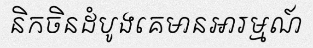
និកចិនដំបូងគេមានអារម្មណ៍